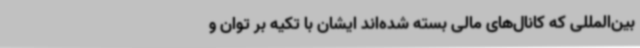
بین‌المللی که کانال‌های مالی بسته شده‌اند ایشان با تکیه بر توان و